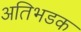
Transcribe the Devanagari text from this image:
अतिभडक